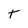
Character: t